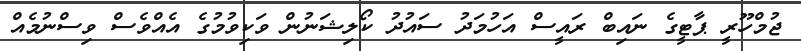
ޖުމްހޫރީ ޕާޓީގެ ނައިބް ރައީސް އަހުމަދު ސައުދު ކޯލިޝަނުން ވަކިވުމުގެ އެއްވެސް ވިސްނުމެއް